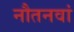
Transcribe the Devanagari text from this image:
नौतनवां